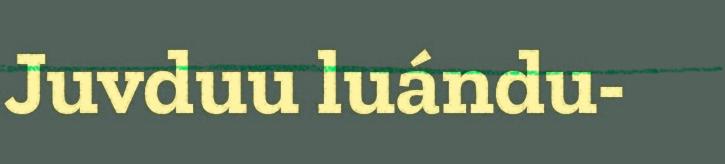
Juvduu luándu-